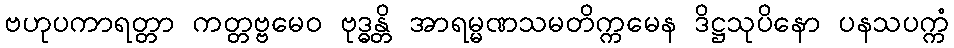
ဗဟုပကာရတ္တာ ကတ္တဗ္ဗမေဝ ဗုဒ္ဓန္တိ အာရမ္မဏသမတိက္ကမေန ဒိဋ္ဌသုပိနော ပနသပက္ကံ